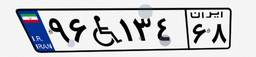
۹۶W۱۳۴۶۸